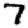
Digit: 7